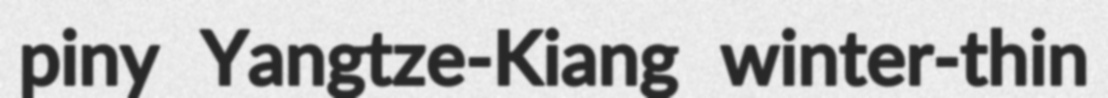
piny Yangtze-Kiang winter-thin